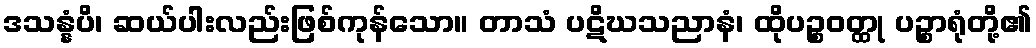
ဒသန္နံပိ၊ ဆယ်ပါးလည်းဖြစ်ကုန်သော။ တာသံ ပဋိဃသညာနံ၊ ထိုပဉ္စဝတ္ထု ပဉ္စာရုံတို့၏